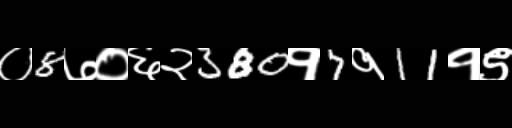
Text: ०8७०६२380१7१11१९